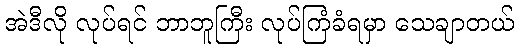
အဲဒီလို လုပ်ရင် ဘာဘူကြီး လုပ်ကြံခံရမှာ သေချာတယ်